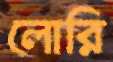
লোরি